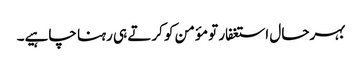
بہرحال استغفار تو مؤمن کو کرتے ہی رہنا چاہیے۔